Report of the King Institute of Preventive Medicine, Guindy
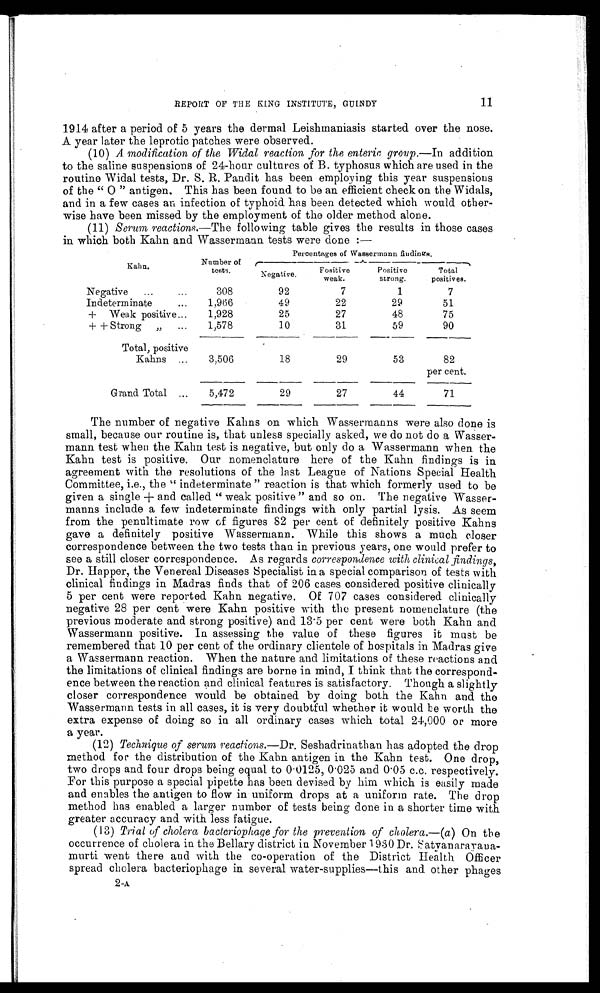
11
REPORT OF THE KING INSTITUTE, GUINDY
1914 after a period of 5 years the dermal Leishmaniasis started over the nose.
A year later the leprotic patches were observed.
(10)
A modification of the Widal reaction for the enteric group.—In addition
to the saline suspensions of 24-hour cultures of B. typhosus which are used in the
routine Widal tests, Dr. S. R. Pandit has been employing this year suspensions
of the " O " antigen. This has been found to be an efficient check on the Widals,
and in a few cases an infection of typhoid has been detected which would other
-wise have been missed by the employment of the older method alone.
(11)
Serum reactions.—The following table gives the results in those cases
in which both Kahn and Wassermann tests were done:—
Kahn.
Number of
tests.
Percentages of Wassermann f i n d i n g s .
N e g a t i v e .
Positive
weak.
Positive
strong.
Total
positives.
N e g a t i v e . . . 308
92
7
1
7
I n d e t e r m i n a t e . . . 1,966
49
22
29
51
+ Weak positive . . .
1,928
25
27
48
75
+ + Strong " . . .
1,578
10
31
59
90
Total, positive
K a h n s . . . 3,506
18
29
53
82
per cent.
Grand Total . . .
5,472
29
27
44
71
The number of negative Kahns on which Wassermanns were also done is
small, because our routine is, that unless specially asked, we do not do a Wasser
- m a n n t e s t w h e n t h e K a h n t e s t i s n e g a t i v e , b u t o n l y d o a W a s s e r m a n n w h e n t h e
Kahn test is positive. Our nomenclature here of the Kahn findings is in
agreement with the resolutions of the last League of Nations Special Health
Committee, i.e., the "indeterminate" reaction is that which formerly used to be
given a single + and called "weak positive" and so on. The negative Wasser
- m a n n s i n c l u d e a f e w i n d e t e r m i n a t e f i n d i n g s w i t h o n l y p a r t i a l l y s i s . A s s e e m
from the penultimate row of figures 82 per cent of definitely positive Kahns
gave a definitely positive Wassermann. While this shows a much closer
correspondence between the two tests than in previous years, one would prefer to
see a still closer correspondence. As regards correspondence with clinical findings,
Dr. Happer, the Venereal Diseases Specialist in a special comparison of tests with
clinical findings in Madras finds that of 206 cases considered positive clinically
5 per cent were reported Kahn negative. Of 707 cases considered clinically
negative 28 per cent were Kahn positive with the present nomenclature (the
previous moderate and strong positive) and 13.5 per cent were both Kahn and
Wassermann positive. In assessing the value of these figures it must be
remembered that 10 per cent of the ordinary clientele of hospitals in Madras give
a Wassermann reaction. When the nature and limitations of these reactions and
the limitations of clinical findings are borne in mind, I think that the correspond
- e n c e b e t w e e n t h e r e a c t i o n a n d c l i n i c a l f e a t u r e s i s s a t i s f a c t o r y . T h o u g h a s l i g h t l y
closer correspondence would be obtained by doing both the Kahn and the
Wassermann tests in all cases, it is very doubtful whether it would be worth the
extra expense of doing so in all ordinary cases which total 24,000 or more
a year.
(12)
Technique of serum reactions.— Dr . Seshadrinathan has adopted the drop
method for the distribution of the Kahn antigen in the Kahn test. One drop,
two drops and four drops being equal to 0.0125, 0.025 and 0.05 c.c. respectively.
For this purpose a special pipette has been devised by him which is easily made
and enables the antigen to flow in uniform drops at a uniform rate. The drop
method has enabled a larger number of tests being done in a shorter time with
greater accuracy and with less fatigue.
(13) Trial of cholera bacteriophage for the prevention of cholera.— (a ) On the
occurrence of cholera in the Bellary district in November 1930 Dr. Satyanarayana
- m u r t i w e n t t h e r e a n d w i t h t h e c o - o p e r a t i o n o f t h e D i s t r i c t H e a l t h O f f i c e r
spread cholera bacteriophage in several water-supplies—this and other phages
2 - A